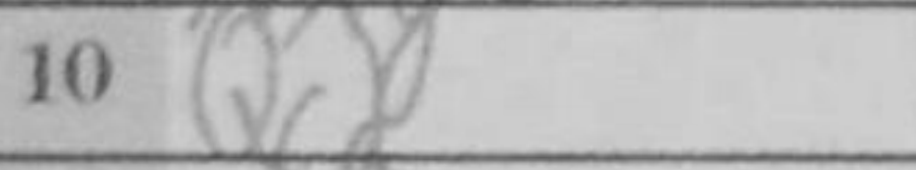
Transcription: Qc2